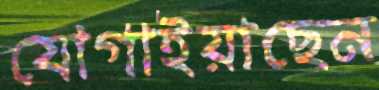
যোগাইয়াছেন